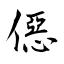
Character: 僫